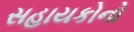
સહાયકોનો